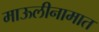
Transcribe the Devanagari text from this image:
माऊलीनामात